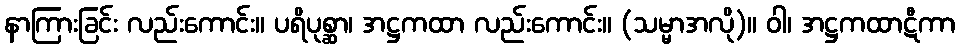
နာကြားခြင်း လည်းကောင်း။ ပရိပုစ္ဆာ၊ အဋ္ဌကထာ လည်းကောင်း။ (သမ္မာအလို)။ ဝါ၊ အဋ္ဌကထာဋီကာ